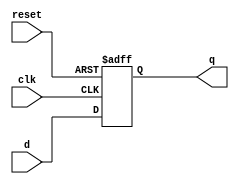
`timescale 1ns / 1ps
//////////////////////////////////////////////////////////////////////////////////
// Company: 
// Engineer: 
// 
// Design Name: 
// Module Name: D_FF
// Project Name: 
// Target Devices: 
// Tool Versions: 
// Description: 
// 
// Dependencies: 
// 
// Revision:
// Revision 0.01 - File Created
// Additional Comments:
// 
//////////////////////////////////////////////////////////////////////////////////


module D_FF(q, d, clk, reset);

output q;
input d, clk, reset;
reg q;

always @(posedge reset or negedge clk)
if(reset)
    q <= 1'b0;
else
    q <= d;

endmodule